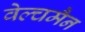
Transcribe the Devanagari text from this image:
वेल्चमैन